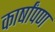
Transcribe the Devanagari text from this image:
कार्षांपण